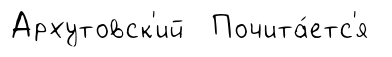
Архутовск'ий Почита́етс'я